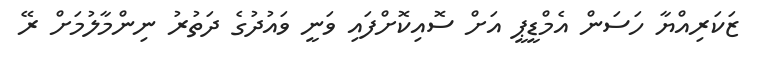
ޒަކަރިއްޔާ ހަސަން އެމްޑީޕީ އަށް ސޮއިކޮށްފައި ވަނީ ވައުދުގެ ދަތުރު ނިންމާލުމަށް ރޭ